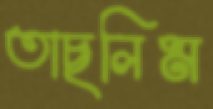
তাছলিম